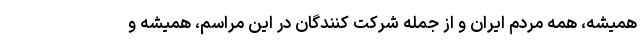
همیشه، همه مردم ایران و از جمله شرکت کنندگان در این مراسم، همیشه و